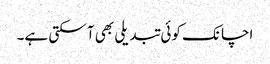
اچانک کوئی تبدیلی بھی آ سکتی ہے۔